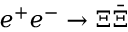
e ^ { + } e ^ { - } \to \Xi \bar { \Xi }